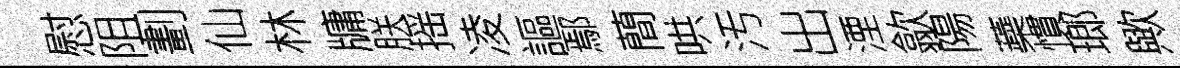
慰阻劃仙林牗朕摇凌謳鄢蕳哄汚出湮歙陽蘃慣瑯歟